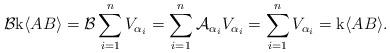
LaTeX: \begin{align*}\mathcal{B}\mathrm{k}\langle AB\rangle=\mathcal{B}\sum_{i=1}^{n}V_{\alpha_{i}}=\sum_{i=1}^{n}\mathcal{A}_{\alpha_{i}}V_{\alpha_{i}}=\sum_{i=1}^{n}V_{\alpha_{i}}=\mathrm{k}\langle AB\rangle.\end{align*}